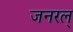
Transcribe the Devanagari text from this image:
जनरल्